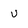
Character: u